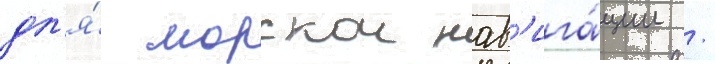
дл'я́ морскои нав'ига́ции /